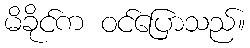
မိခိုင်က ဝင်ပြောသည်။